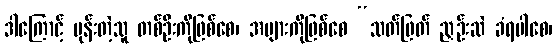
ဒါကြောင့် မုန်းတဲ့သူ တစ်ဦးကိုဖြစ်စေ၊ အများကိုဖြစ်စေ “သတ်ဖြတ် ညှဉ်းဆဲ ခံရပါစေ၊